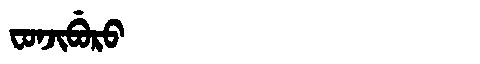
Manchu: ᠸᠣᠨᠵᡳᠪᡠᡵᠣ
Romanization: FONJIBURO